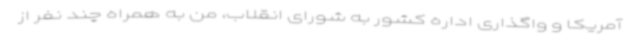
آمریکا و واگذاری اداره کشور به شورای انقلاب، من به همراه چند نفر از